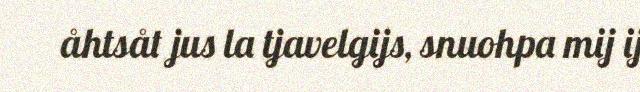
åhtsåt jus la tjavelgijs, snuohpa mij ij